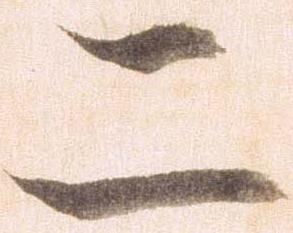
二